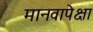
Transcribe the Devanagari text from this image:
मानवापेक्षा